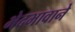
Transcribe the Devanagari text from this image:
भेदभावाने